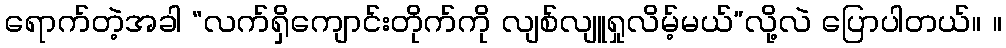
ရောက်တဲ့အခါ “လက်ရှိကျောင်းတိုက်ကို လျစ်လျူရှုလိမ့်မယ်”လို့လဲ ပြောပါတယ်။ ။